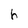
Character: h